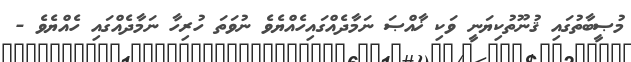
މުޞީބާތުގައި ޤުނޫތުކިޔަނީ ވަކި ޚާއްޞަ ނަމާދެއްގައިހެއްޔެވެ ނުވަތަ ހުރިހާ ނަމާދެއްގައި ހެއްޔެވެ -